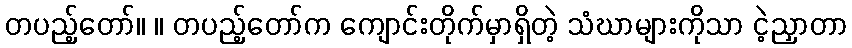
တပည့်တော်။ ။ တပည့်တော်က ကျောင်းတိုက်မှာရှိတဲ့ သံဃာများကိုသာ ငဲ့ညှာတာ